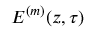
E ^ { ( m ) } ( z , \tau )